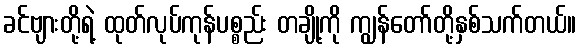
ခင်ဗျားတို့ရဲ့ ထုတ်လုပ်ကုန်ပစ္စည်း တချို့ကို ကျွန်တော်တို့နှစ်သက်တယ်။